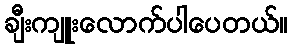
ချီးကျူးလောက်ပါပေတယ်။